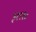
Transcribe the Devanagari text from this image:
३१११०